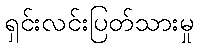
ရှင်းလင်းပြတ်သားမှု